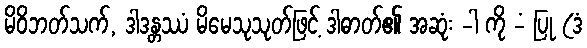
မိဝိဘတ်သက်, ဒါဒန္တဿံ မိမေသုသုတ်ဖြင့် ဒါဓာတ်၏ အဆုံး -ါ ကို -ံ ပြု (ဒံ